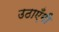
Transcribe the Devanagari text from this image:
उठाएँगी